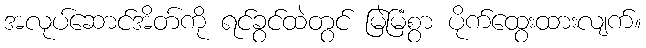
အလုပ်ဆောင်အိတ်ကို ရင်ခွင်ထဲတွင် မြဲမြံစွာ ပိုက်ထွေးထားလျက်။